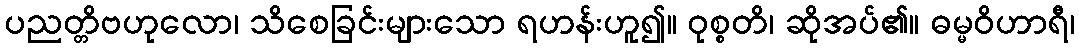
ပညတ္တိဗဟုလော၊ သိစေခြင်းများသော ရဟန်းဟူ၍။ ဝုစ္စတိ၊ ဆိုအပ်၏။ ဓမ္မဝိဟာရီ၊